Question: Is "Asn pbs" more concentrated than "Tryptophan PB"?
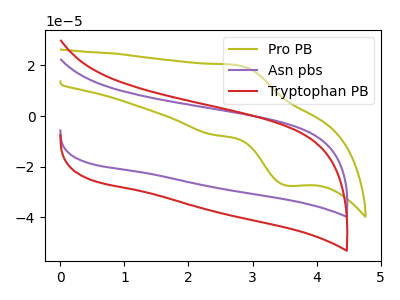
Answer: <think>The olive curve "Pro PB" has an anodic peak at (2.75V, 20.05uA) and a cathodic peak at (3.55V, -27.50uA). The purple curve "Asn pbs" has no peaks. The red curve "Tryptophan PB" has no peaks.
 Neither "Asn pbs" or "Tryptophan PB" have any peaks.</think>
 <answer>I cant tell if "Asn pbs" or "Tryptophan PB" has higher concentration.</answer>
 <eval>mixed_concentration</eval>